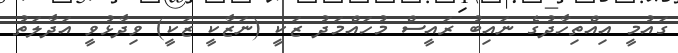
ގައުމީ އިއްތިހާދުގެ ނައިބު ރައީސް މުހައްމަދު ޒަކީ (ނަޒާކީ ޒަކީ) ވިދާޅުވީ އަދާލަތު